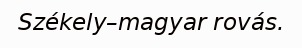
Székely–magyar rovás.